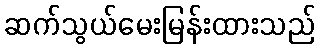
ဆက်သွယ်မေးမြန်းထားသည်